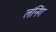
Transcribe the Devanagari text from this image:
लंनिंग